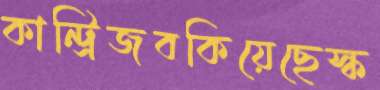
কান্ট্রিজবকিয়েছেস্ক